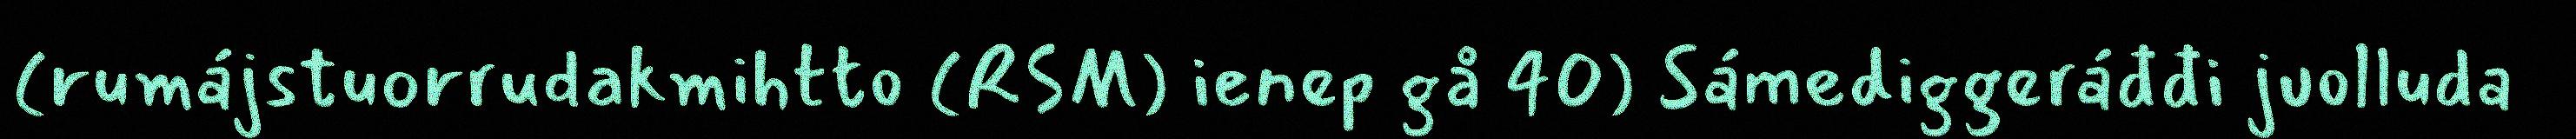
(rumájstuorrudakmihtto (RSM) ienep gå 40) Sámediggeráđđi juolluda